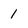
Character: 1